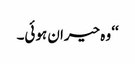
‘‘ وہ حیران ہوئی۔